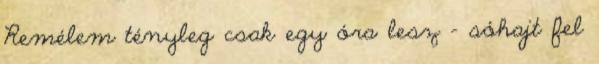
Remélem tényleg csak egy óra lesz - sóhajt fel